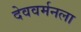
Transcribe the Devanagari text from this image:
देववर्मनला